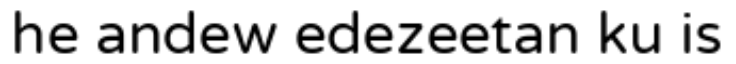
he andew edezeetan ku is